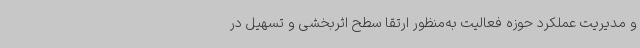
و مدیریت عملکرد حوزه فعالیت به‌منظور ارتقا سطح اثربخشی و تسهیل در